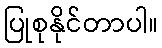
ပြုစုနိုင်တာပါ။